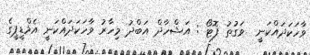
ވާހަކަދައްކަނީ  ވަގުތު ފޮޓޯ : އަޝްހާދް އަބްދު މިހާރު ވާހަކަދައްކަނީ އެމްޑީޕީގެ